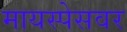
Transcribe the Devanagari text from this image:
मायस्पेसवर